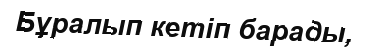
Бұралып кетіп барады,